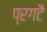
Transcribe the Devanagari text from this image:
प्रगटै